Indian journal of veterinary science and animal husbandry - Volumes 18-21, 1948-1951
Year: 1948
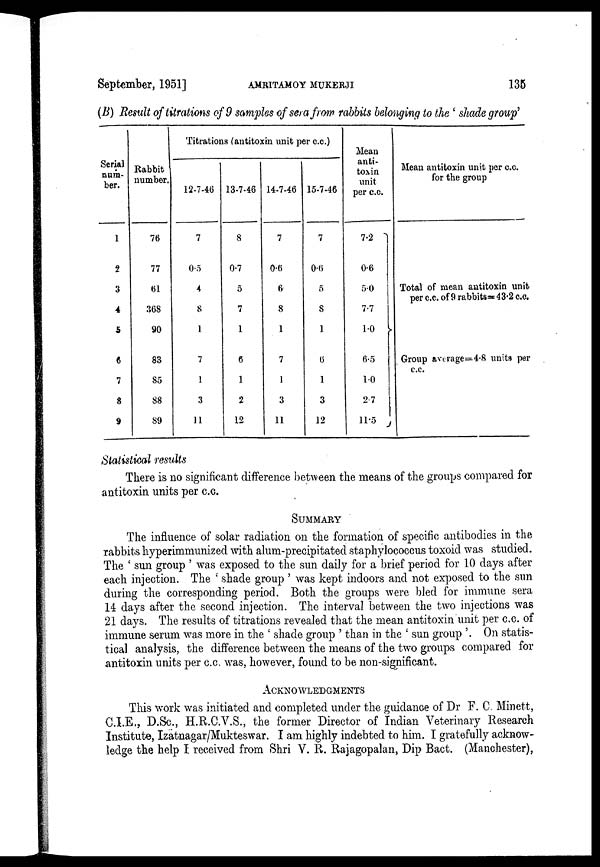
September, 1951]
AMRITAMOY
MUKERJI
135
(B) Result of titrations of 9 samples of sera from rabbits belonging to the ' shade group'
Serial
num-
ber.
1
2
3
4
5
6
7
8
9
Rabbit
number.
76
77
61
368
90
83
85
88
89
Titrations (antitoxin unit per c.c.)
12-7-46
7
0.5
4
8
1
7
1
3
11
13-7-46
8
0.7
5
7
1
6
1
2
12
14-7-46
7
0.6
6
8
1
7
1
3
11
15-7-46
7
0.6
5
8
1
6
1
3
12
Mean
anti-
toxin
unit
per c.c.
7.2
0.6
5.0
7.7
1.0 }
6.5
1.0
2.7
11.5
Mean antitoxin unit per c.c.
for the group
Total of mean antitoxin unit
per c.c. of 9 rabbits=43.2 c.c.
Group avevage=4.8 units per
c.c.
Statistical results
There is no significant difference between the means of the groups compared for
antitoxin units per c.c.
SUMMARY
The influence of solar radiation on the formation of specific antibodies in the
rabbits hyperimmunized with alum-precipitated staphylococcus toxoid was studied.
The ' sun group ' was exposed to the sun daily for a brief period for 10 days after
each injection. The ' shade group ' was kept indoors and not exposed to the sun
during the corresponding period. Both the groups were bled for immune sera
14 days after the second injection. The interval between the two injections was
21 days. The results of titrations revealed that the mean antitoxin unit per c.c. of
immune serum was more in the ' shade group ' than in the ' sun group '. On statis-
tical analysis, the difference between the means of the two groups compared for
antitoxin, units per c.c. was, however, found to be non-significant.
ACKNOWLEDGMENTS
This work was initiated and completed under the guidance of Dr F. C. Minett,
C.I.E., D.Sc., H.R.C.V.S., the former Director of Indian Veterinary Research
Institute, Izatnagar/Mukteswar. I am highly indebted to him. I gratefully acknow-
ledge the help I received from Shri V. R. Rajagopalan, Dip Bact. (Manchester),